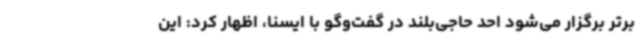
برتر برگزار می‌شود احد حاجی‌بلند در گفت‌وگو با ایسنا، اظهار کرد: این